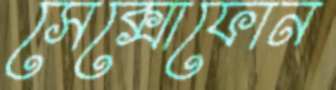
সেক্সোফোন